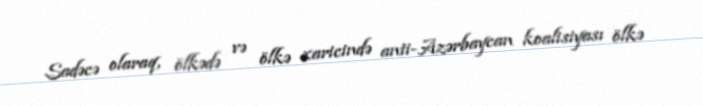
Sadəcə olaraq, ölkədə və ölkə xaricində anti-Azərbaycan koalisiyası ölkə